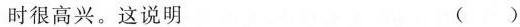
时很高兴。这说明 ()